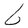
Character: b